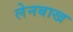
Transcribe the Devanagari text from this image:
लेनबाख